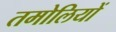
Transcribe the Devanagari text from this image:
तमोलियों